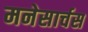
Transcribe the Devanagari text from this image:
मनेसार्चस